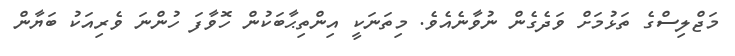
މަޖްލިސްގެ ތަޅުމަށް ވަދެގެން ނުވާނެއެވެ. މިތަނަކީ އިންތިޙާބަކުން ހޮވާފަ ހުންނަ ވެރިއަކު ބަޔާން